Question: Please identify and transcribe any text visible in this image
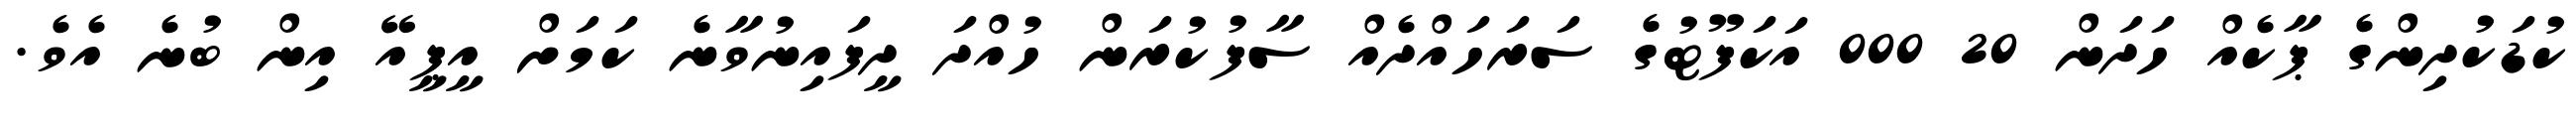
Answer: ކުޑަކުދިންގެ ޕާކެއް ހަދަން 20 000 އަކަފޫޓުގެ ސަރަހައްދެއް ސާފުކުރަން ހުއްދަ ދީފައިނުވާނެ ކަމަށް އީޕީއޭ އިން ބުނެ އެވެ.